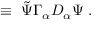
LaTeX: \; \equiv \; { \tilde { \Psi } } \Gamma _ { \alpha } D _ { \alpha } \Psi \; .